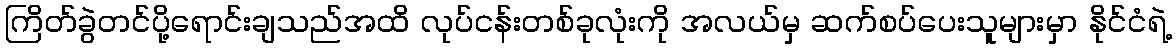
ကြိတ်ခွဲတင်ပို့ရောင်းချသည်အထိ လုပ်ငန်းတစ်ခုလုံးကို အလယ်မှ ဆက်စပ်ပေးသူများမှာ နိုင်ငံရဲ့